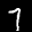
Digit: 7